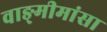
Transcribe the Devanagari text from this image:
वाङ्‍मीमांसा